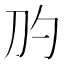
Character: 𰄛